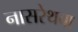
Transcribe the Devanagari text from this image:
नासरेथचा